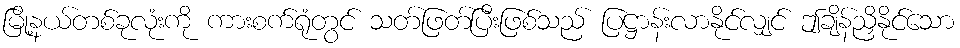
မြို့နယ်တစ်ခုလုံးကို ကားစက်ရုံတွင် သတ်ဖြတ်ပြီးဖြစ်သည် ပြဋ္ဌာန်းလာနိုင်လျှင် ဤချိန်ညှိနိုင်သော